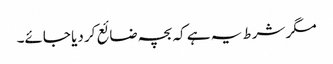
مگر شرط یہ ہے کہ بچہ ضائع کر دیا جائے۔